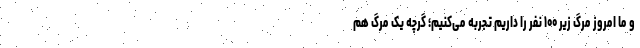
و ما امروز مرگ زیر ۱۰۰ نفر را داریم تجربه می‌کنیم؛ گرچه یک مرگ هم